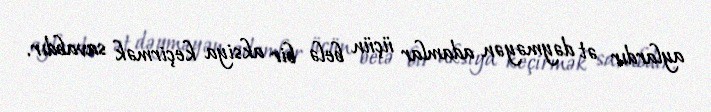
aylardır ət dəyməyən adamlar üçün belə bir aksiya keçirmək savabdır.